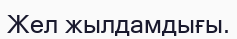
Жел жылдамдығы.